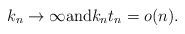
\begin{align*}k_n\to\infty\mbox{and} k_n t_n = o(n).\end{align*}